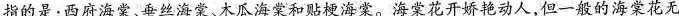
指的是：西府海棠、垂丝海棠、木瓜海棠和贴梗海棠。海棠花开娇艳动人，但-般的海棠花无